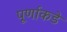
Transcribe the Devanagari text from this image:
पूर्णाकडे